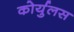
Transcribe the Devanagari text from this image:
कोर्युलस